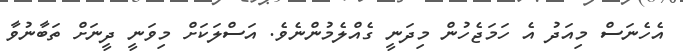
އެހެނަސް މިއަދު އެ ހަމަޖެހުން މިދަނީ ގެއްލެމުންނެވެ. އަސްލަކަށް މިވަނީ ދީނަށް ތަބާނުވާ